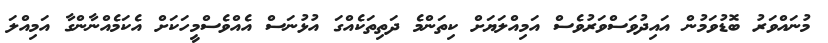
މުނައްވަރު ބޮޑުވަމުން އައިދުވަސްވަރުވެސް އަމިއްލަޔަށް ކިތަންމެ ދަތިތަކެއްގަ އުޅުނަސް އެއްވެސްމީހަކަށް އެކަމެއްނާންގާ އަމިއްލަ